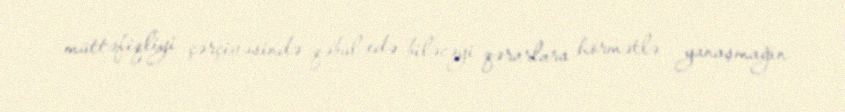
müttəfiqliyi çərçivəsində qəbul edə biləcəyi qərarlara hörmətlə yanaşmağın